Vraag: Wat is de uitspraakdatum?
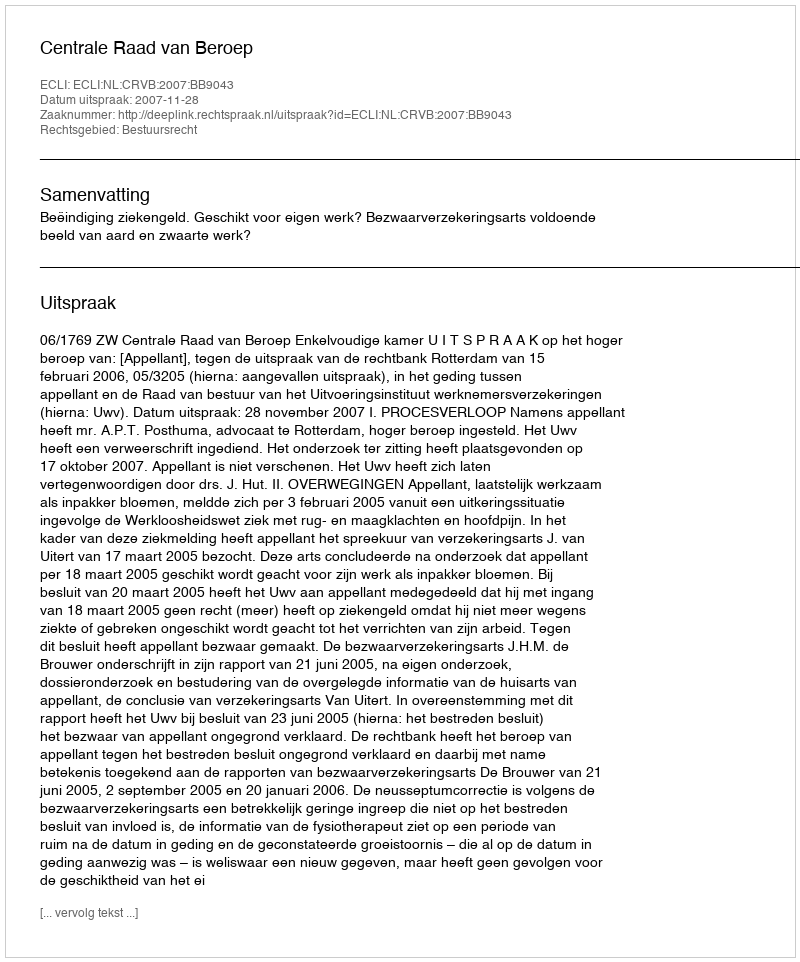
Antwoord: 2007-11-28